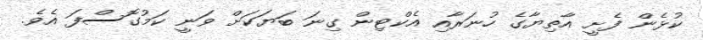
ކުޅެން ފެށީ އާތިޔާގެ ހުނަރާއި އެކްޓިން ގިނަ ބަޔަކަށް ވަނީ ކަމުގޮސްފަ އެވެ.